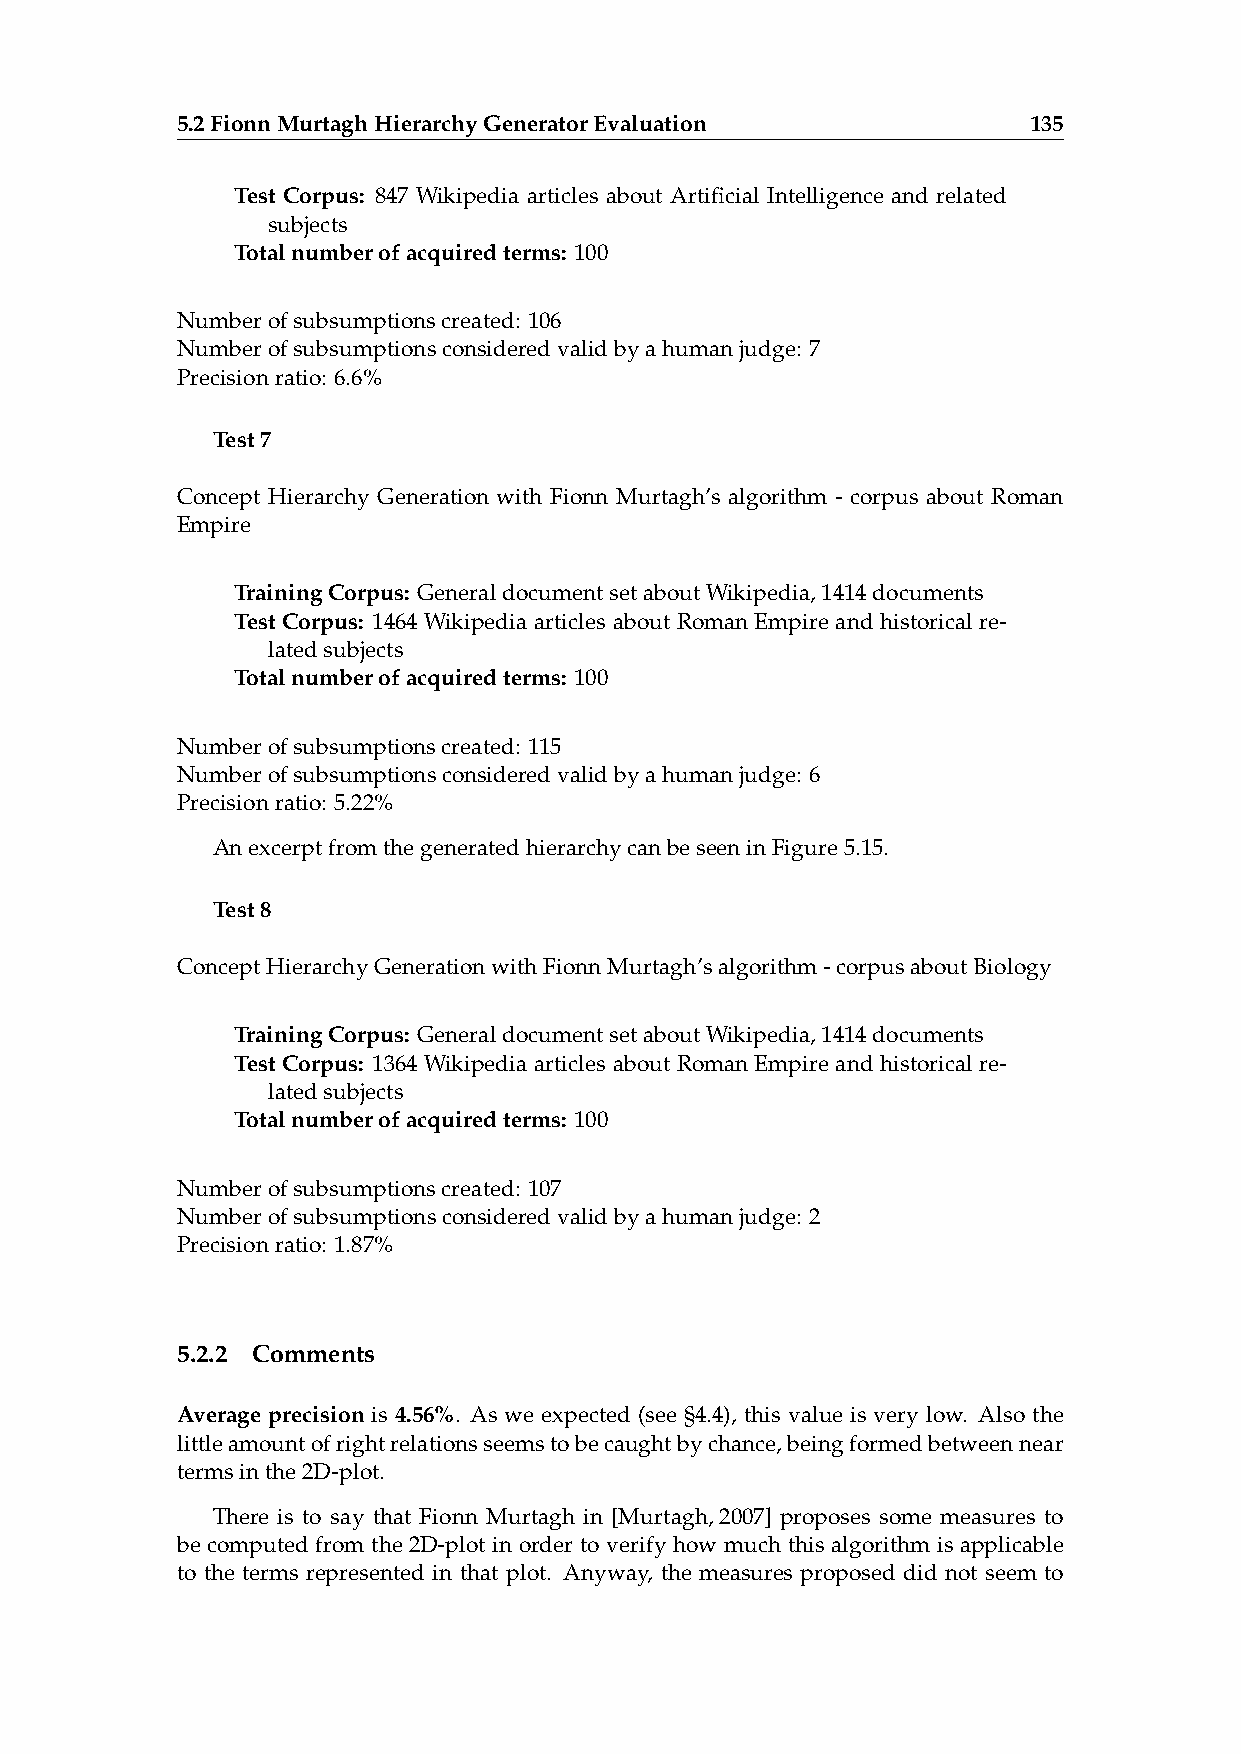
5.2FionnMurtaghHierarchyGeneratorEvaluation             135
 Test Corpus: 847 Wikipedia articles about Artificial Intelligence and related
 subjects
 Totalnumberofacquiredterms: 100
 Numberofsubsumptionscreated: 106
 Numberofsubsumptionsconsideredvalidbyahumanjudge: 7
 Precisionratio: 6.6%
 Test7
 Concept Hierarchy Generation with Fionn Murtagh’s algorithm - corpus about Roman
 Empire
 TrainingCorpus: GeneraldocumentsetaboutWikipedia,1414documents
 Test Corpus: 1464 Wikipedia articles about Roman Empire and historical re-
 latedsubjects
 Totalnumberofacquiredterms: 100
 Numberofsubsumptionscreated: 115
 Numberofsubsumptionsconsideredvalidbyahumanjudge: 6
 Precisionratio: 5.22%
 AnexcerptfromthegeneratedhierarchycanbeseeninFigure5.15.
 Test8
 ConceptHierarchyGenerationwithFionnMurtagh’salgorithm-corpusaboutBiology
 TrainingCorpus: GeneraldocumentsetaboutWikipedia,1414documents
 Test Corpus: 1364 Wikipedia articles about Roman Empire and historical re-
 latedsubjects
 Totalnumberofacquiredterms: 100
 Numberofsubsumptionscreated: 107
 Numberofsubsumptionsconsideredvalidbyahumanjudge: 2
 Precisionratio: 1.87%
 5.2.2 Comments
 Average precision is 4.56%. As we expected (see §4.4), this value is very low. Also the
 littleamountofrightrelationsseemstobecaughtbychance,beingformedbetweennear
 termsinthe2D-plot.
 There is to say that Fionn Murtagh in [Murtagh,2007] proposes some measures to
 be computed from the 2D-plot in order to verify how much this algorithm is applicable
 to the terms represented in that plot. Anyway, the measures proposed did not seem to